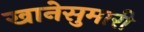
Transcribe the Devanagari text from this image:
खानेसुमारी